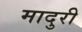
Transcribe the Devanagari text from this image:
मादुरी